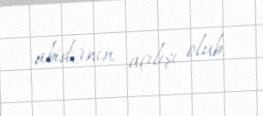
abidənin açılışı olub.